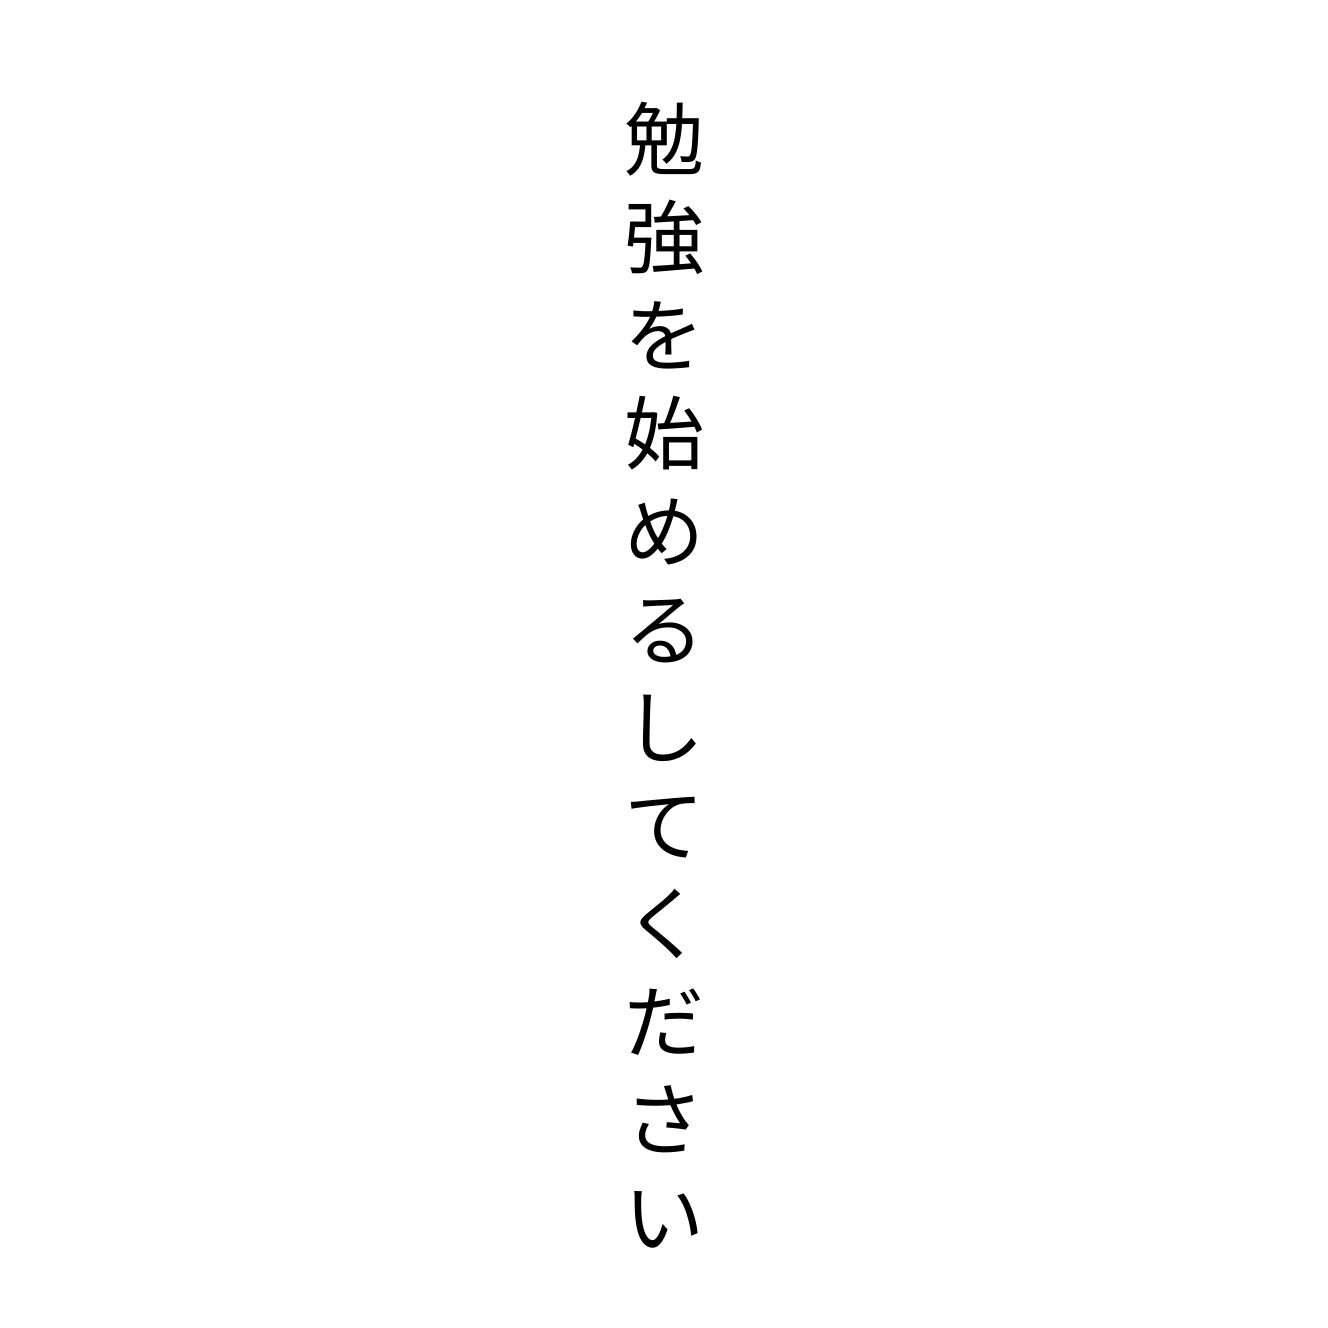
勉強を始めるしてください